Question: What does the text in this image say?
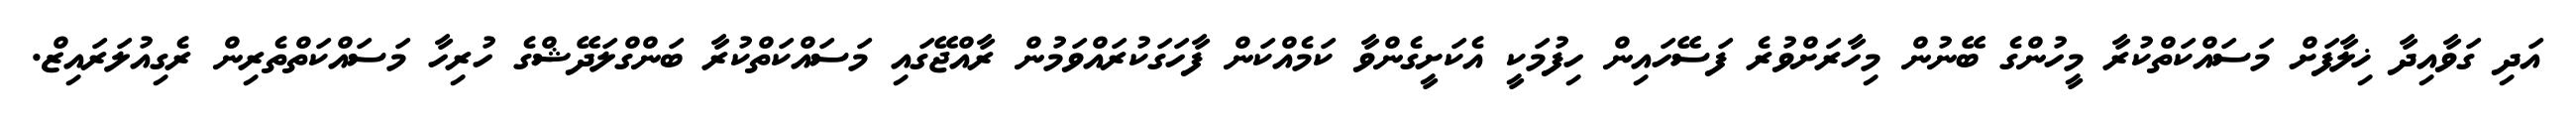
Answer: އަދި ގަވާއިދާ ޚިލާފަށް މަސައްކަތްކުރާ މީހުންގެ ބޭނުން މިހާރަށްވުރެ ފަސޭހައިން ހިފުމަކީ އެކަށީގެންވާ ކަމެއްކަން ފާހަގަކުރައްވަމުން ރާއްޖޭގައި މަސައްކަތްކުރާ ބަންގްލަދޭޝްގެ ހުރިހާ މަސައްކަތްތެރިން ރެގިއުލަރައިޒް.